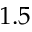
1 . 5